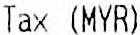
TAX (MYR)